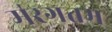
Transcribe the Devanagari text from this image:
म॑रगतम